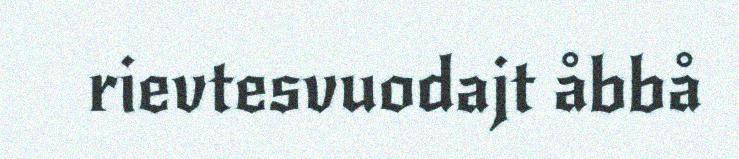
rievtesvuodajt åbbå